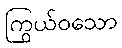
ကြွယ်ဝသော